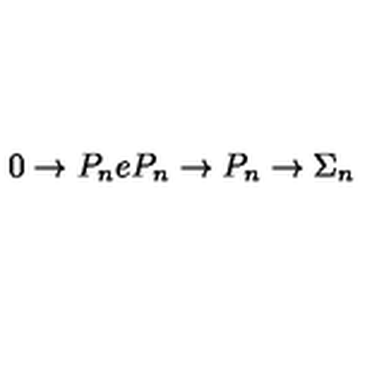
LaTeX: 0 \rightarrow P _ { n } e P _ { n } \rightarrow P _ { n } \rightarrow \Sigma _ { n }